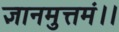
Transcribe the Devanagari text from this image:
ज्ञानमुत्तमं।।